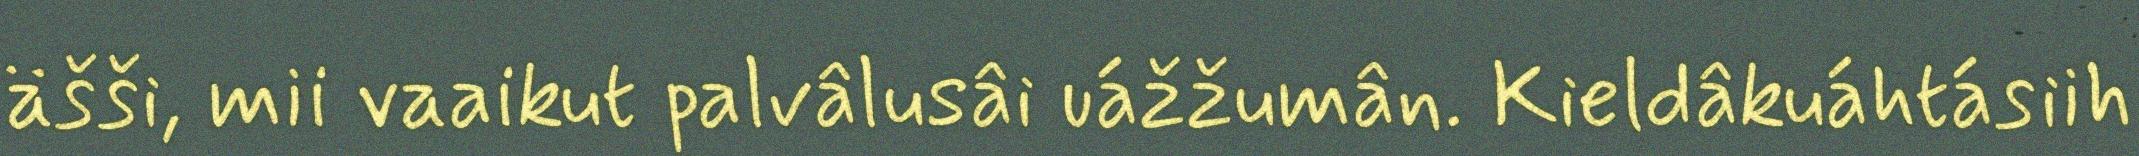
äšši, mii vaaikut palvâlusâi uážžumân. Kieldâkuáhtásiih